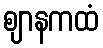
ဈာနကထံ